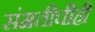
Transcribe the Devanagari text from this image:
संमतीचीही